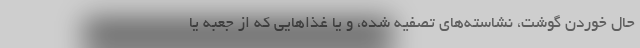
حال خوردن گوشت، نشاسته‌های تصفیه شده، و یا غذا‌هایی که از جعبه یا